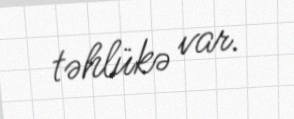
təhlükə var.